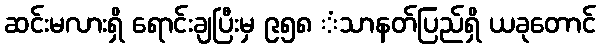
ဆင်းမလားရှိ ရောင်းချပြီးမှ ၉၅၈ ံသာနတ်ပြည်ရှိ ယခုတောင်